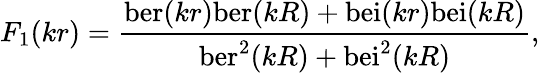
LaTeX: F_{1}(kr)={\frac{\mathrm{ber}(kr)\mathrm{ber}(kR)+\mathrm{bei}(kr)\mathrm{bei}(kR)}{\mathrm{ber}^{2}(kR)+\mathrm{bei}^{2}(kR)}},